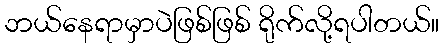
ဘယ်နေရာမှာပဲဖြစ်ဖြစ် ရိုက်လို့ရပါတယ်။